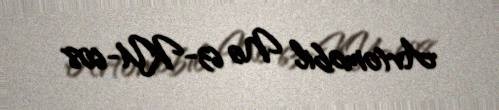
Avtomobil № 63-KU-608